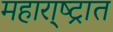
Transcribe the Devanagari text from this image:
महारा्ष्ट्रात